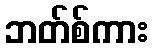
ဘတ်စ်ကား